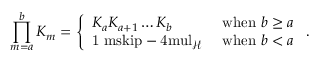
\prod _ { m = a } ^ { b } K _ { m } = \left\{ \begin{array} { l l } { K _ { a } K _ { a + 1 } \ldots K _ { b } } & { \mathrm { ~ w h e n ~ } b \geq a } \\ { { \mathchoice { \mathrm { 1 \ m s k i p - 4 m u l } } { \mathrm { 1 \ m s k i p - 4 m u l } } { \mathrm { 1 \ m s k i p - 4 . 5 m u l } } { \mathrm { 1 \ m s k i p - 5 m u l } } } _ { \mathcal { H } } } & { \mathrm { ~ w h e n ~ } b < a } \end{array} \right. .